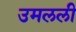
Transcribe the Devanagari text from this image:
उमलली